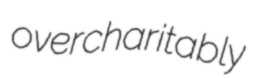
overcharitably